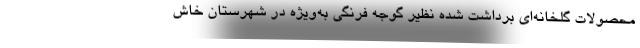
محصولات گلخانه‌ای برداشت شده نظیر گوجه فرنگی به‌ویژه در شهرستان خاش